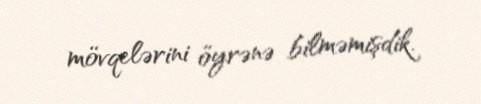
mövqelərini öyrənə bilməmişdik.